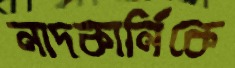
নাদকার্নিকে